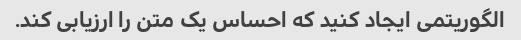
الگوریتمی ایجاد کنید که احساس یک متن را ارزیابی کند.